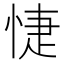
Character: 𢜀